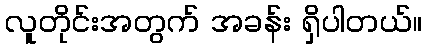
လူတိုင်းအတွက် အခန်း ရှိပါတယ်။